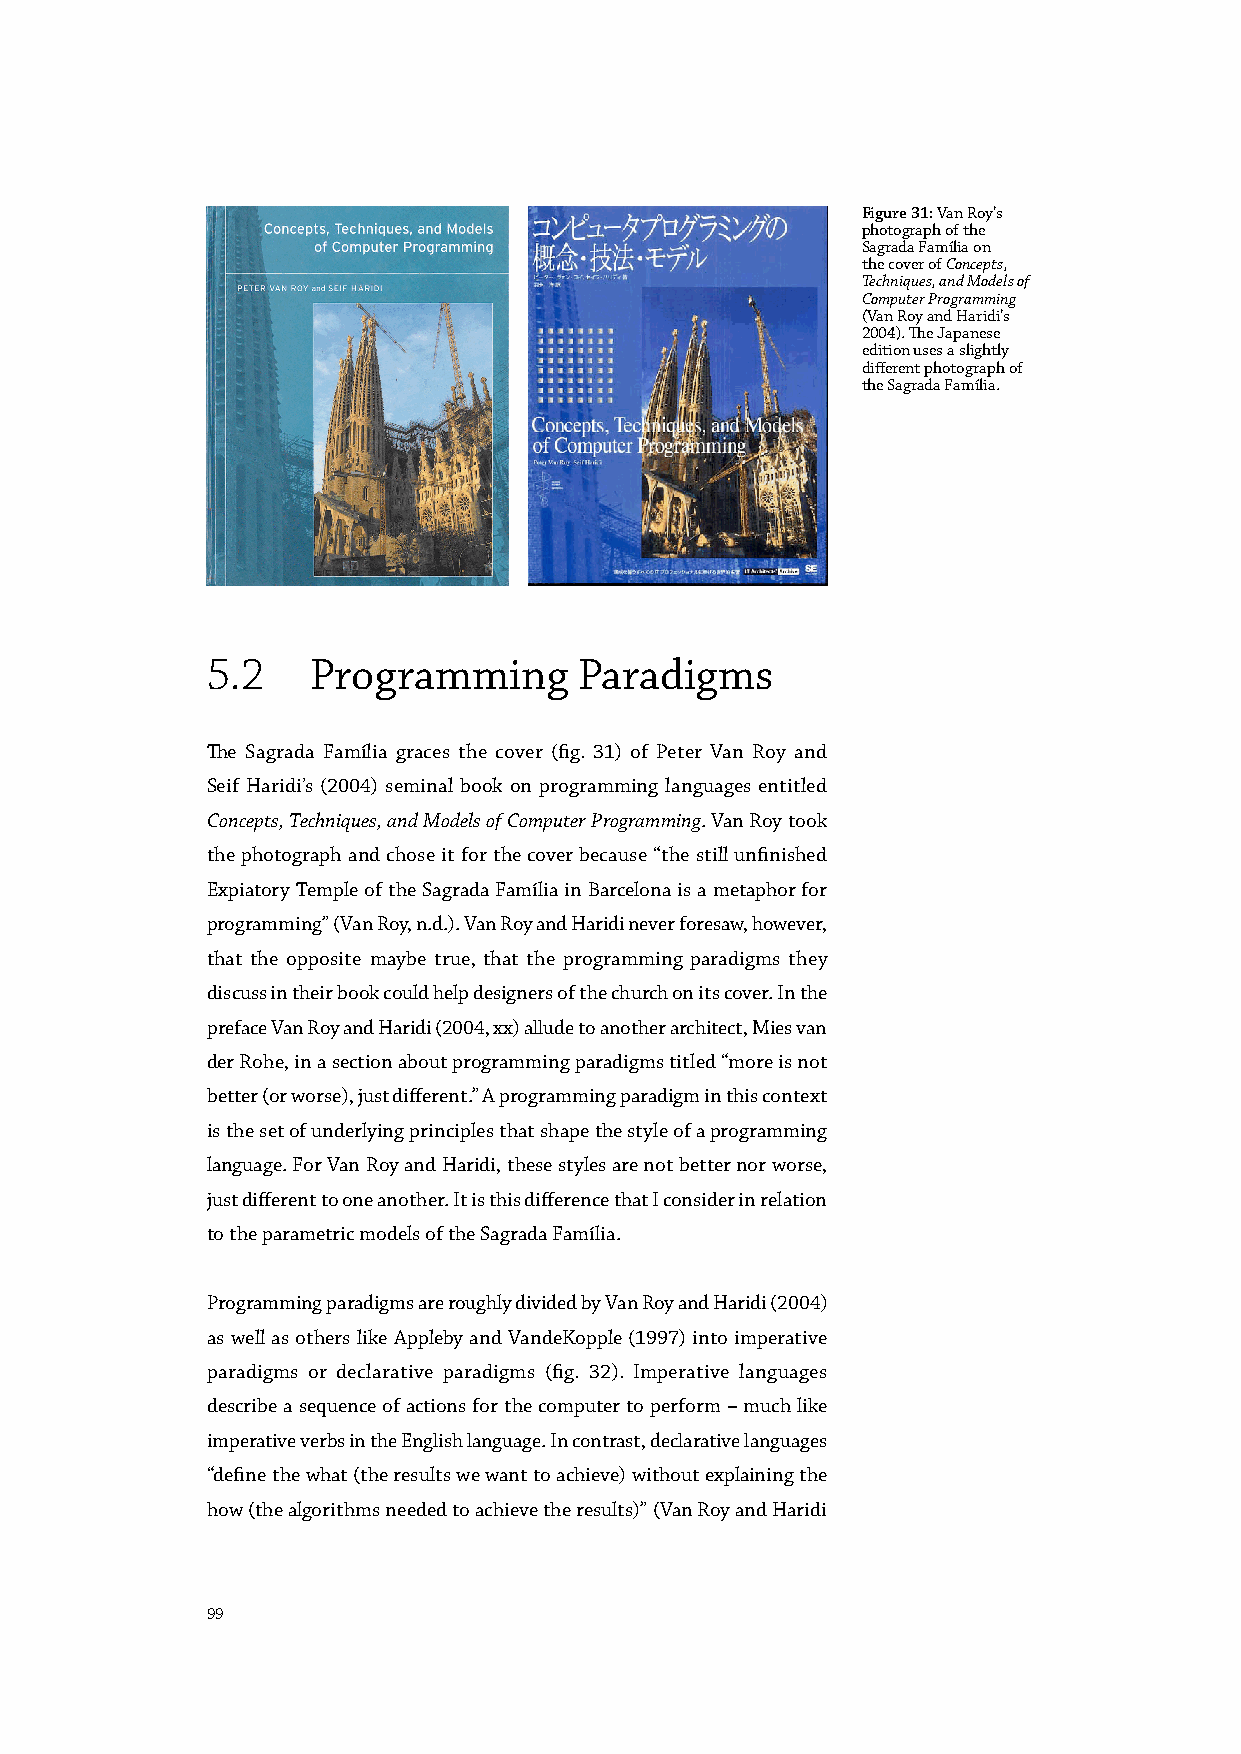
Figure 31: Van Roy’s
 photograph of the
 Sagrada Família on
 the cover of Concepts,
 Techniques, and Models of
 Computer Programming
 (Van Roy and Haridi’s
 2004). The Japanese
 edition uses a slightly
 different photograph of
 the Sagrada Família.
 5.2    Programming      Paradigms
 The Sagrada Família graces the cover (fig. 31) of Peter Van Roy and
 Seif Haridi’s (2004) seminal book on programming languages entitled
 Concepts, Techniques, and Models of Computer Programming. Van Roy took
 the photograph and chose it for the cover because “the still unfinished
 Expiatory Temple of the Sagrada Família in Barcelona is a metaphor for
 programming” (Van Roy, n.d.). Van Roy and Haridi never foresaw, however,
 that the opposite maybe true, that the programming paradigms they
 discuss in their book could help designers of the church on its cover. In the
 preface Van Roy and Haridi (2004, xx) allude to another architect, Mies van
 der Rohe, in a section about programming paradigms titled “more is not
 better (or worse), just different.” A programming paradigm in this context
 is the set of underlying principles that shape the style of a programming
 language. For Van Roy and Haridi, these styles are not better nor worse,
 just different to one another. It is this difference that I consider in relation
 to the parametric models of the Sagrada Família.
 Programming paradigms are roughly divided by Van Roy and Haridi (2004)
 as well as others like Appleby and VandeKopple (1997) into imperative
 paradigms or declarative paradigms (fig. 32). Imperative languages
 describe a sequence of actions for the computer to perform – much like
 imperative verbs in the English language. In contrast, declarative languages
 “define the what (the results we want to achieve) without explaining the
 how (the algorithms needed to achieve the results)” (Van Roy and Haridi
 99